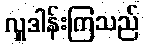
လှူဒါန်းကြသည်